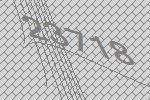
23718